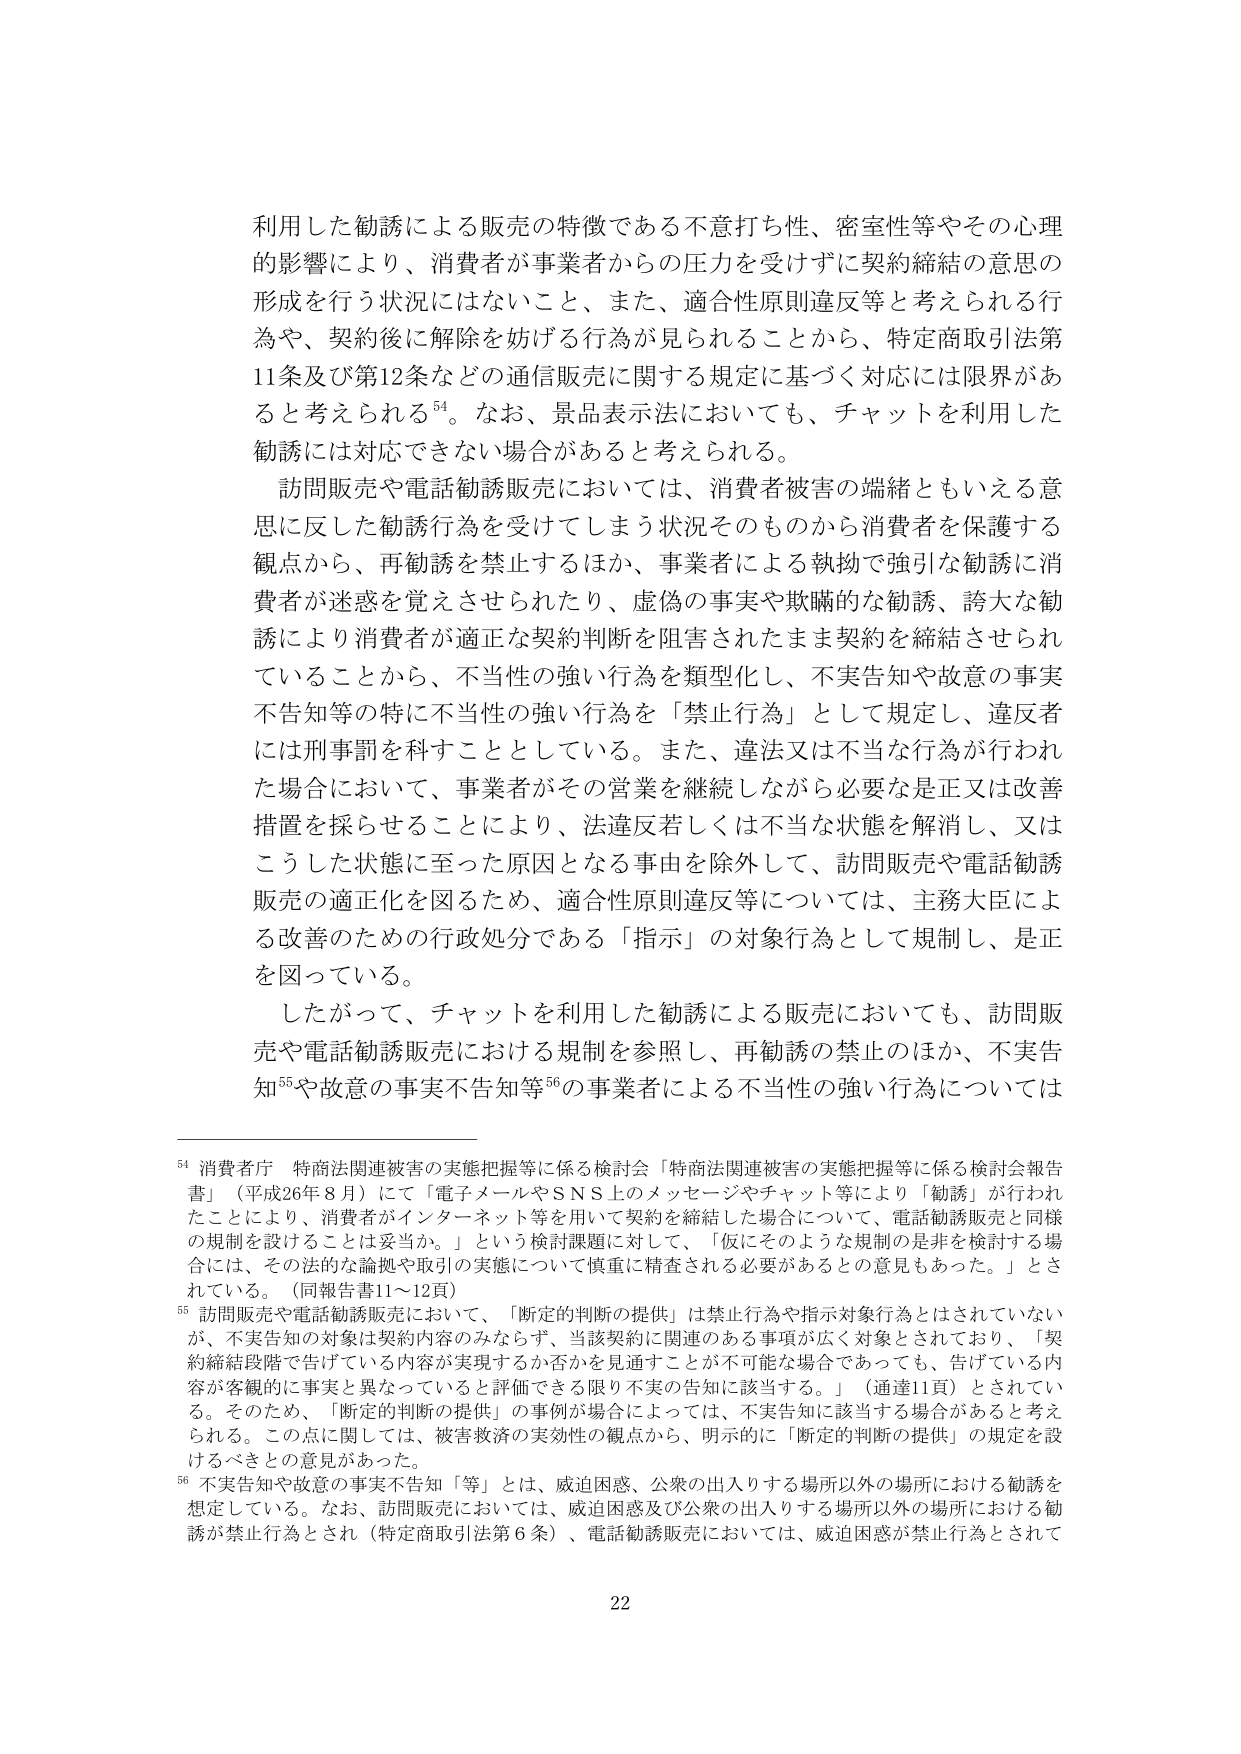
利用した勧誘による販売の特徴である不意打ち性、密室性等やその心理的影響により、消費者が事業者からの圧力を受けてずに契約締結の意思の形成を行う状況にはないこと、また、適合性原則違反等と考えられる行為や、契約後に解除を妨げる行為が見られることから、特定商取引法第11条及び第12条などの通信販売に関する規定に基づく対応には限界があると考えられる⁵⁴。なお、景品表示法においても、チャットを利用した勧誘には対応できない場合があると考えられる。

訪問販売や電話勧誘販売においては、消費者被害の端緒ともいえる意思に反した勧誘行為を受けてしまう状況そのものから消費者を保護する観点から、再勧誘を禁止するほか、事業者による執拗で強引な勧誘に消費者が迷惑を覚えさせられたり、虚偽の事実や欺瞞的な勧誘、誇大な勧誘により消費者が適正な契約判断を阻害されたまま契約を締結させられていることから、不当性の強い行為を類型化し、不実告知や故意の事実不告知等の特に不当性の強い行為を「禁止行為」として規定し、違反者には刑事罰を科すこととしている。また、違法又は不当な行為が行われた場合において、事業者がその営業を継続しながら必要な是正又は改善措置を採らせるることにより、法違反若しくは不当な状態を解消し、又はこうした状態に至った原因となる事由を除外して、訪問販売や電話勧誘販売の適正化を図るため、適合性原則違反等については、主務大臣による改善のための行政処分である「指示」の対象行為として規制し、是正を図っている。

したがって、チャットを利用した勧誘による販売においても、訪問販売や電話勧誘販売における規制を参照し、再勧誘の禁止のほか、不実告知⁵⁵や故意の事実不告知等⁵⁶の事業者による不当性の強い行為については

⁵⁴ 消費者庁 特商法関連被害の実態把握等に係る検討会「特商法関連被害の実態把握等に係る検討会報告書」（平成26年8月）にて「電子メールやSNS上のメッセージやチャット等により「勧誘」が行われたことにより、消費者がインターネット等を用いて契約を締結した場合について、電話勧誘販売と同様の規制を設けることは妥当か。」という検討課題に対して、「仮にそのような規制の是非を検討する場合には、その法的な論拠や取引の実態について慎重に精査される必要があるとの意見もあった。」とされている。（同報告書11～12頁）

⁵⁵ 訪問販売や電話勧誘販売において、「断定的判断の提供」は禁止行為や指示対象行為とはされていないが、不実告知の対象は契約内容のみならず、当該契約に関連のある事項が広く対象とされており、「契約締結段階で告げている内容が実現するか否かを見通すことが不可能な場合であっても、告げている内容が客観的に事実と異なっていると評価できる限り不実の告知に該当する。」（通達11頁）とされている。そのため、「断定的判断の提供」の事例が場合によっては、不実告知に該当する場合があると考えられる。この点に関しては、被害救済の実効性の観点から、明示的に「断定的判断の提供」の規定を設けるべきとの意見があった。

⁵⁶ 不実告知や故意の事実不告知「等」とは、威迫困惑、公衆の出入りする場所以外の場所における勧誘を想定している。なお、訪問販売においては、威迫困惑及び公衆の出入りする場所以外の場所における勧誘が禁止行為とされ（特定商取引法第6条）、電話勧誘販売においては、威迫困惑が禁止行為とされて

22